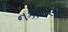
નકામલી